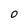
Character: 0